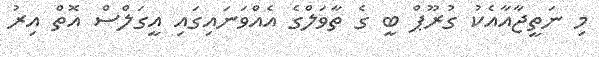
މި ނަތީޖާއާއެކު ގުރޫޕް ބީ ގެ ތާވަލްގެ އެއްވަނައިގައި އީގަލްސް އޮތް އިރު